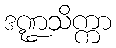
ဒဏ္ဍသိက္ကာ